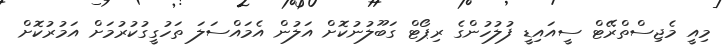
މިއީ މެޖިސްތްރޭޓް ސީއައިޑީ ފުލުހުންގެ ރިޕޯޓް ގަބޫލުނުކޮށް އަލުން އެމައްސަލަ ތަހުގީގުކުރުމަށް އަމުރުކޮށް